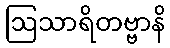
ဩသာရိတဗ္ဗာနိ